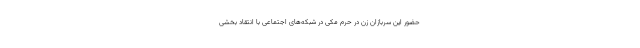
حضور این سربازان زن در حرم مکی در شبکه‌های اجتماعی با انتقاد بخشی